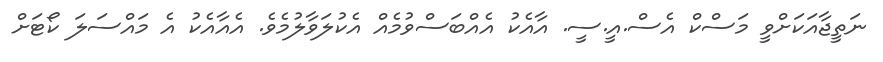
ނަތީޖާއަކަށްވީ މަސްކް އެސް.އީ.ސީ. އާއެކު އެއްބަސްވުމެއް އެކުލަވާލުމެވެ. އެއާއެކު އެ މައްސަލަ ކޯޓަށް